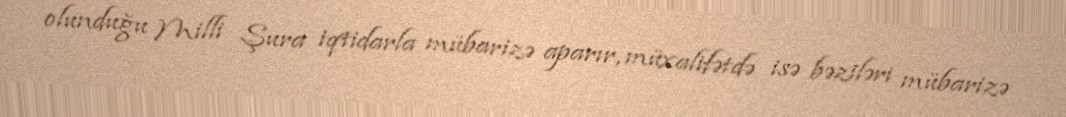
olunduğu Milli Şura iqtidarla mübarizə aparır, müxalifətdə isə bəziləri mübarizə